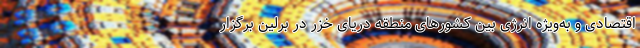
اقتصادی و به‌ویژه انرژی بین کشورهای منطقه دریای خزر در برلین برگزار